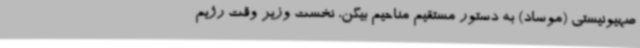
صهیونیستی (موساد) به دستور مستقیم مناحیم بیگن، نخست وزیر وقت رژیم